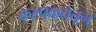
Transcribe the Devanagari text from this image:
कल्पकतेतून